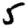
Digit: 5